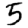
Digit: 5